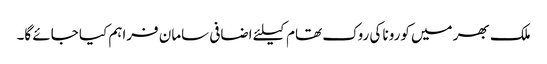
ملک بھر میں کورونا کی روک تھام کیلئے اضافی سامان فراہم کیا جائے گا۔